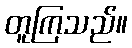
တူကြသည်။